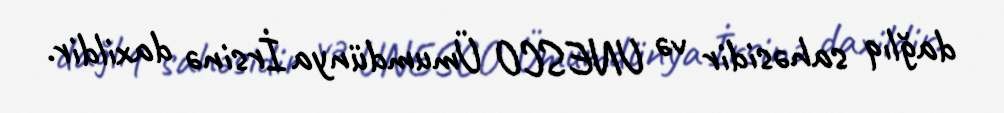
dağlıq sahəsidir və UNESCO Ümumdünya İrsinə daxildir.